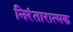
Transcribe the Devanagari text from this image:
निरंतारात्मक